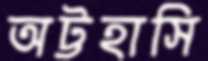
অট্টহাসি